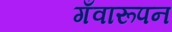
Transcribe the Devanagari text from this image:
गँवारूपन